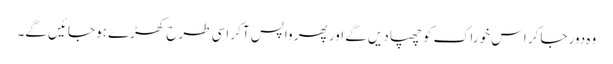
وہ دور جاکر اس خوراک کو چھپا دیں گے اور پھر واپس آکر اسی طرح کھڑے ہو جائیں گے۔